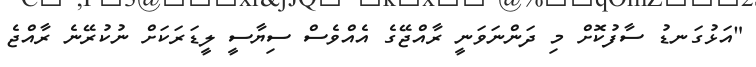
"އަޅުގަނޑު ސާފުކޮށް މި ދަންނަވަނީ ރާއްޖޭގެ އެއްވެސް ސިޔާސީ ލީޑަރަކަށް ނުކުރޭނެ ރާއްޖެ